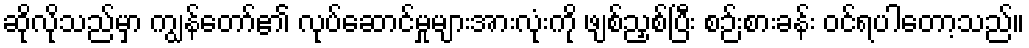
ဆိုလိုသည်မှာ ကျွန်တော်၏ လုပ်ဆောင်မှုများအားလုံးကို ဖျစ်ညှစ်ပြီး စဉ်းစားခန်း ဝင်ရပါတော့သည်။